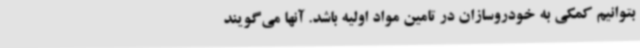
بتوانیم کمکی به خودروسازان در تامین مواد اولیه باشد. آنها می‌گویند